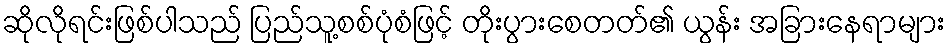
ဆိုလိုရင်းဖြစ်ပါသည် ပြည်သူ့စစ်ပုံစံဖြင့် တိုးပွားစေတတ်၏ ယွန်း အခြားနေရာများ